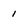
Character: 1